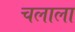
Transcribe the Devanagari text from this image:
चलाला